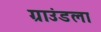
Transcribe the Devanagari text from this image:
ग्राउंडला